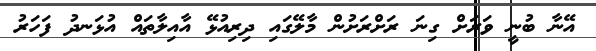
އޭނާ ބުނީ ވަރަށް ގިނަ ރަށްރަށުން މާލޭގައި ދިރިއުޅޭ އާއިލާތައް އުޅަނދު ފަހަރު